38_143685_box_Incident_Summaries_101-172
Agency: Department of War
Page 106
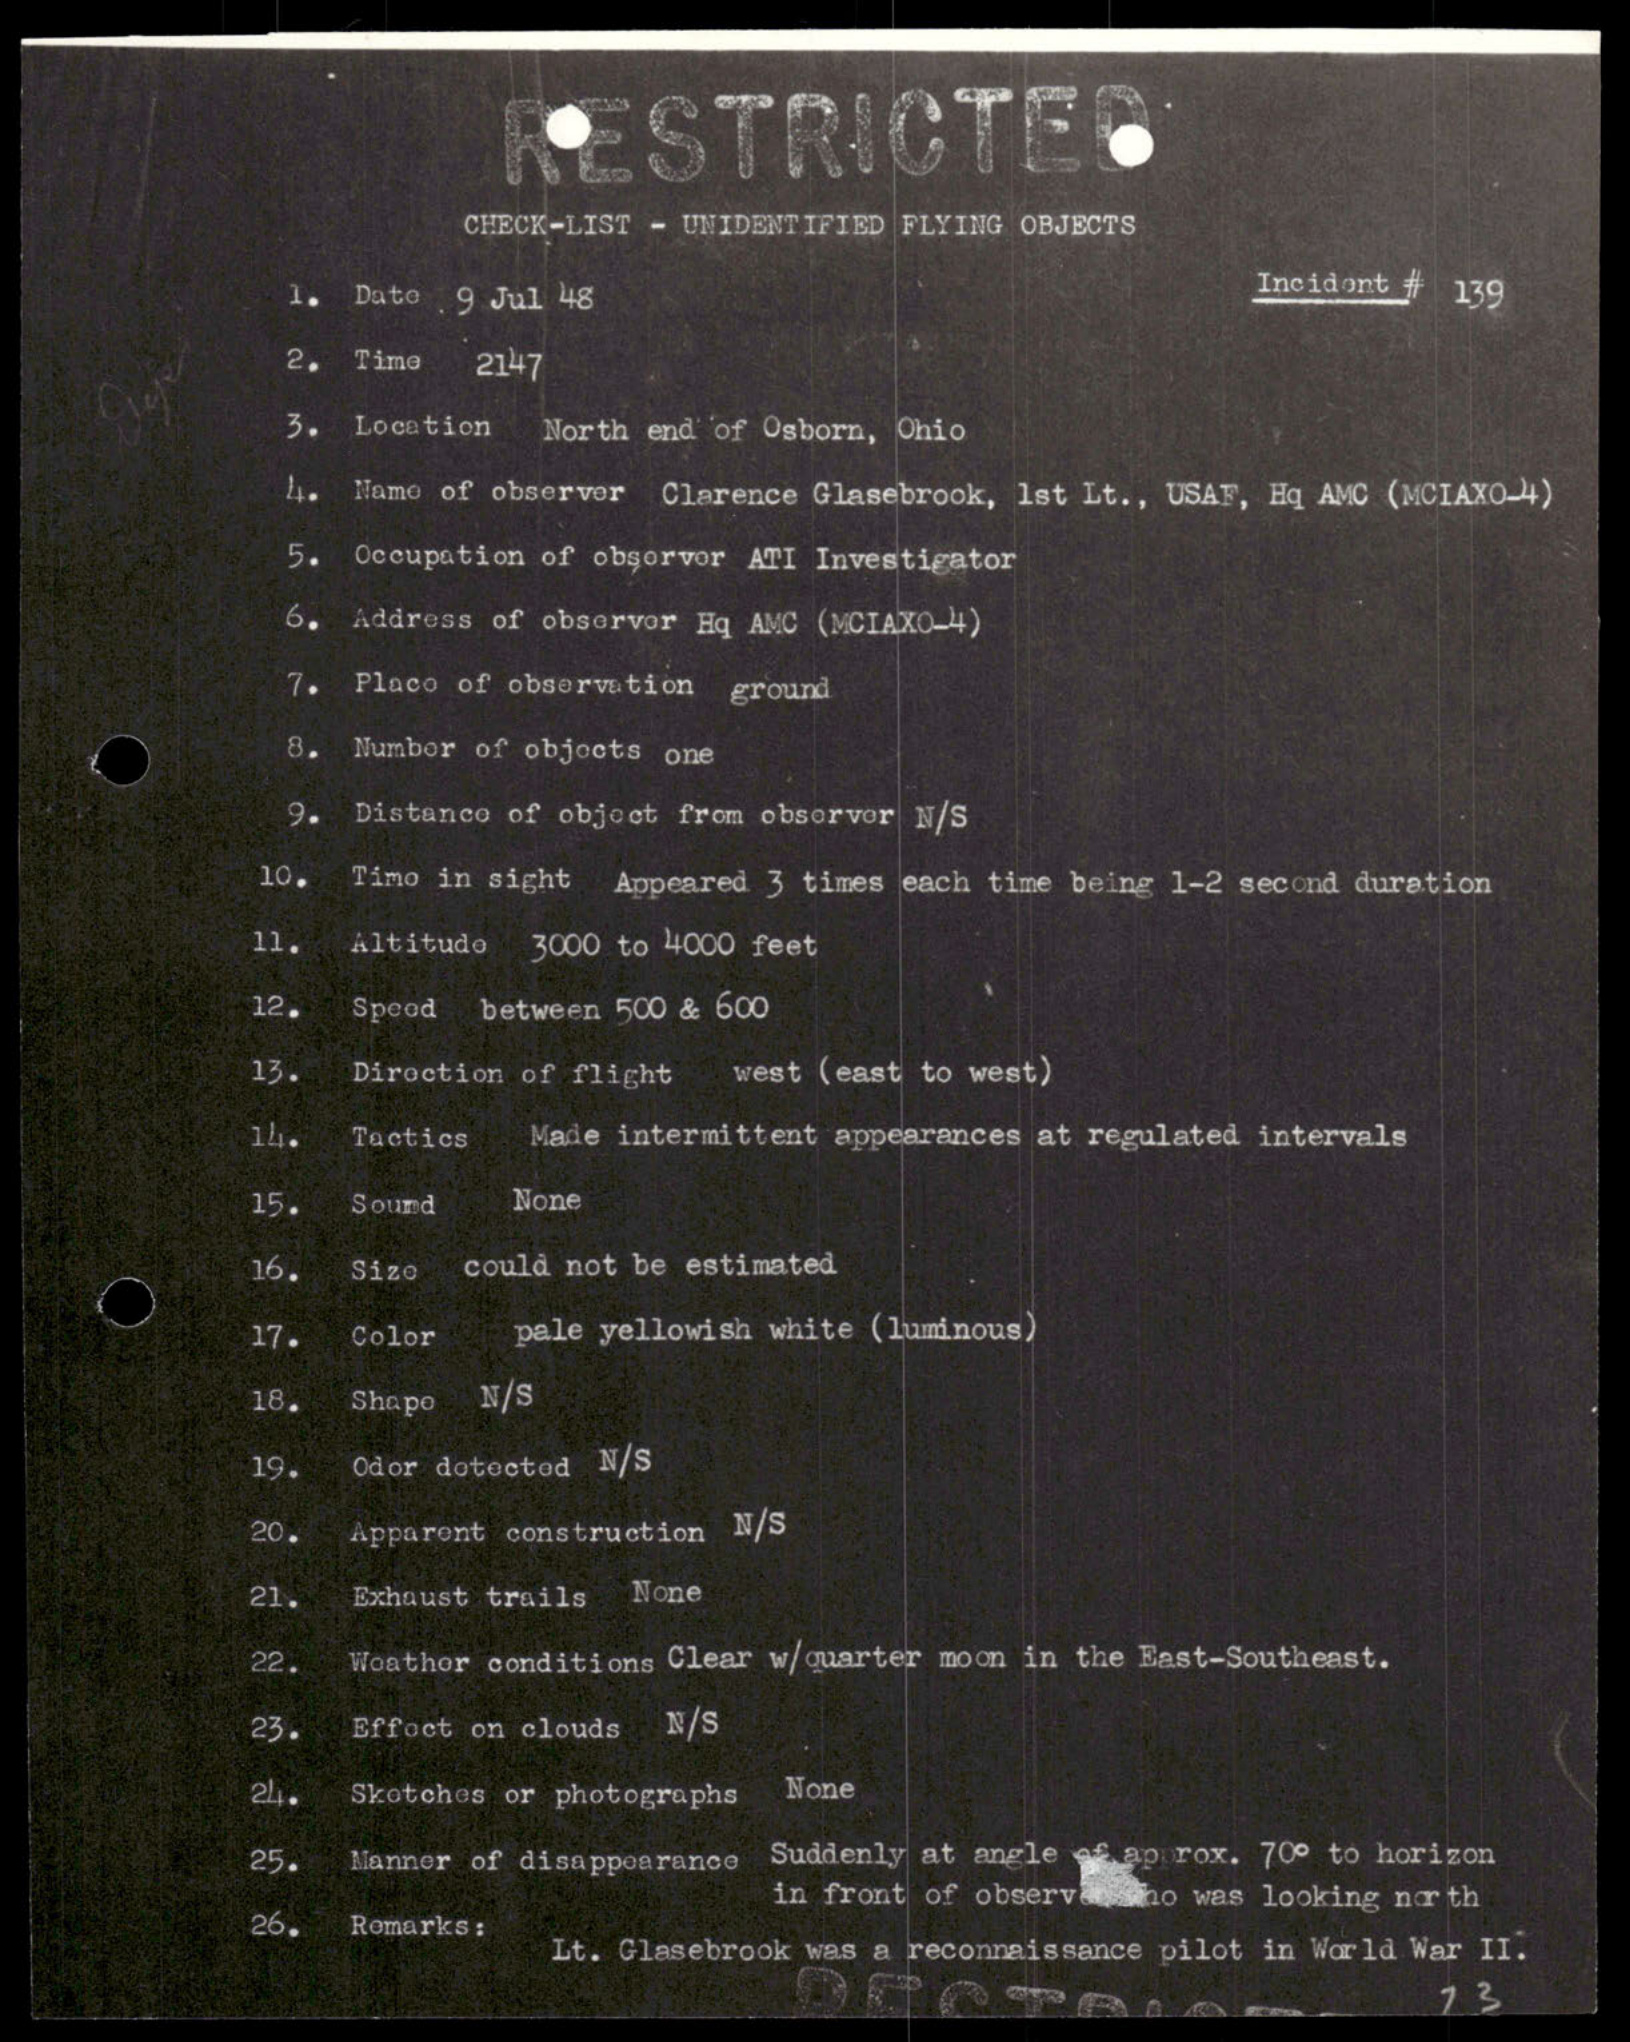